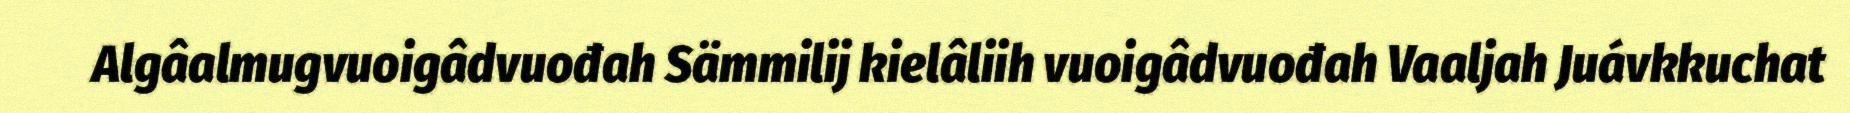
Algâalmugvuoigâdvuođah Sämmilij kielâliih vuoigâdvuođah Vaaljah Juávkkuchat